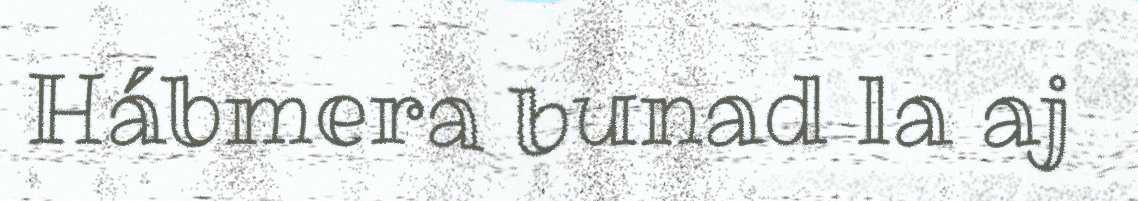
Hábmera bunad la aj